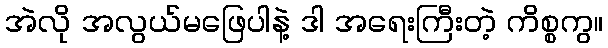
အဲလို အလွယ်မဖြေပါနဲ့ ဒါ အရေးကြီးတဲ့ ကိစ္စကွ။